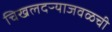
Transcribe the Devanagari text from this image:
चिखलदऱ्याजवळची